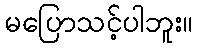
မပြောသင့်ပါဘူး။